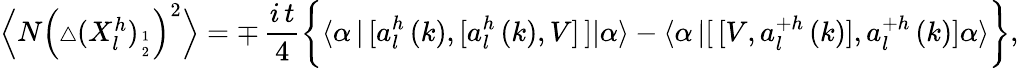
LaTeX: \begin{array}{l}{{\Bigl\langle N\left({\scriptstyle\triangle}(X_{l}^{h})_{1\atop 2}\right)^{2}\Bigr\rangle=\mp\, \displaystyle\frac{i\, t}{4}\biggl\{ \langle\alpha\, |\, [a_{l}^{h}\left(k\right),[a_{l}^{h}\left(k\right),V]\, ]|\alpha\rangle-\langle\alpha\, |[\, [V,a_{l}^{+h}\left(k\right)],a_{l}^{+h}\left(k\right)]\alpha\rangle\biggr\} ,}}\end{array}